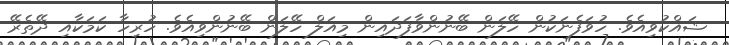
ޝައްކުވިއެވެ. ހުވަފެނަކުން ހޭލަން ބޭނުންވާފަދައިން މިއަލް ހޭލަން ބޭނުންވިއެވެ. ހުރިހާ ކަމަކާއި ދޭތެރޭ